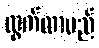
ထွက်လာမည်